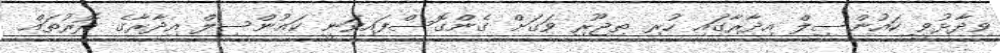
ވިދާޅުވީ ކައުންސިލް އިދާރާގައި ހުރި ތިޖޫރި ވަގަށް ގެންގޮސްފައިވަނީ ކައުންސިލް އިދާރާގެ ދޮރުތައް